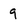
Character: 9